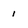
Character: i